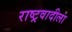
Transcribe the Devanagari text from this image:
राष्ट्रवादीला